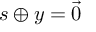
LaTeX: s \oplus y = { \vec { 0 } }